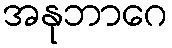
အနုဘာဂေ